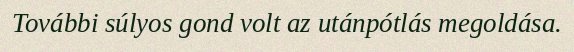
További súlyos gond volt az utánpótlás megoldása.